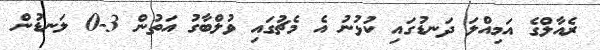
ރެއާލްގެ އަމިއްލަ ދަނޑުގައި ކުޅުނު އެ މެޗުގައި ވުލްބާގު އަތުން 3-0 ލަނޑުން